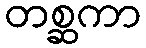
တစ္ဆကာ